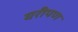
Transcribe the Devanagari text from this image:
घरीपण